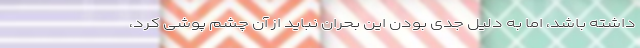
داشته باشد، اما به دلیل جدی بودن این بحران نباید از آن چشم پوشی کرد،